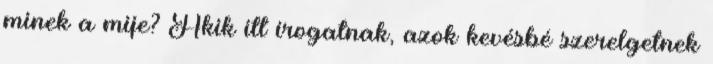
minek a mije? Akik itt írogatnak, azok kevésbé szerelgetnek